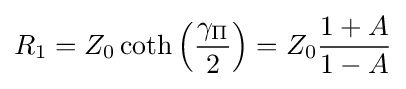
R_{1}=Z_{0}\coth \left({\frac {\gamma _{\mathrm {\Pi } }}{2}}\right)=Z_{0}{\frac {1+A}{1-A}}